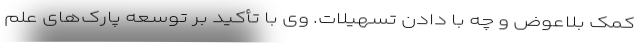
کمک بلاعوض و چه با دادن تسهیلات. وی با تأکید بر توسعه پارک‌های علم